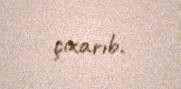
çıxarıb.